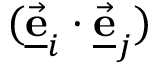
( \underline { { \vec { \bf e } } } _ { i } \cdot \underline { { \vec { \bf e } } } _ { j } )